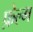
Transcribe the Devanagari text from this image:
फ़ेल्म